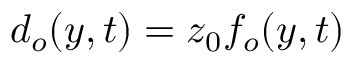
d _ { o } ( y , t ) = z _ { 0 } f _ { o } ( y , t )